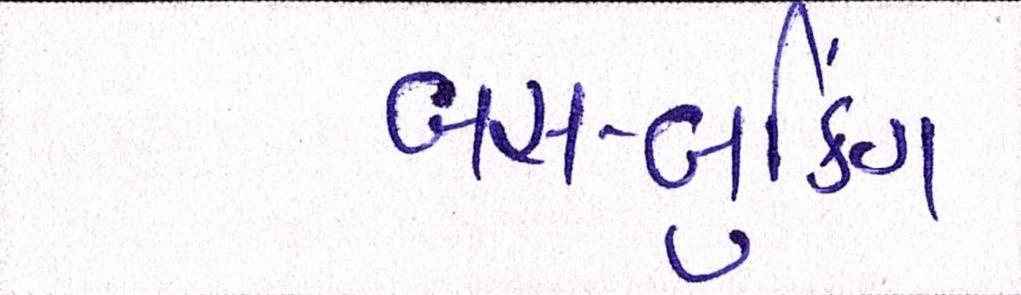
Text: બસ-બુકિંગ